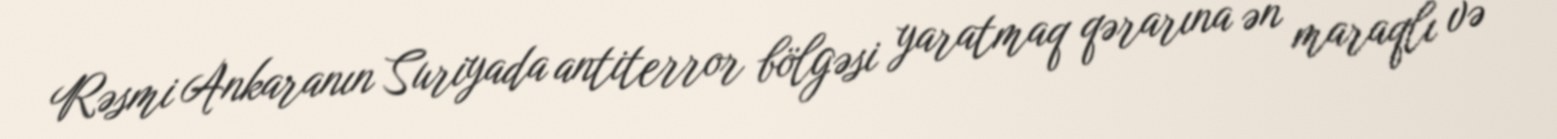
Rəsmi Ankaranın Suriyada antiterror bölgəsi yaratmaq qərarına ən maraqlı və